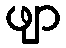
ဖျာ